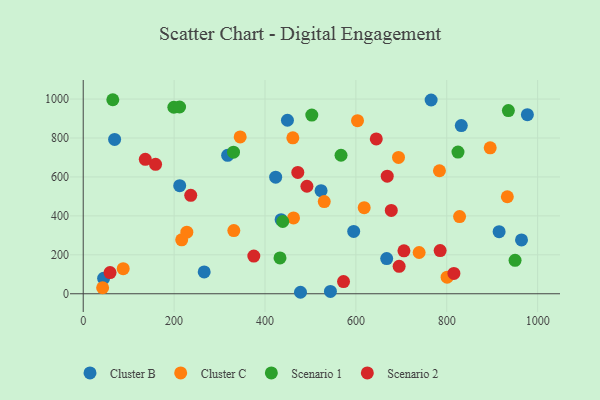
{"axis": {"x": "Study Hours", "y": "Salary"}, "legend": ["Cluster B", "Cluster C", "Scenario 1", "Scenario 2"], "data": [{"x": "266.2", "y": 112.2, "type": "Cluster B"}, {"x": "69.1", "y": 792.8, "type": "Cluster B"}, {"x": "595.2", "y": 320.4, "type": "Cluster B"}, {"x": "544.0", "y": 11.8, "type": "Cluster B"}, {"x": "765.6", "y": 995.3, "type": "Cluster B"}, {"x": "212.3", "y": 554.9, "type": "Cluster B"}, {"x": "915.2", "y": 319.1, "type": "Cluster B"}, {"x": "964.5", "y": 276.6, "type": "Cluster B"}, {"x": "423.5", "y": 598.8, "type": "Cluster B"}, {"x": "832.0", "y": 863.9, "type": "Cluster B"}, {"x": "449.4", "y": 891.3, "type": "Cluster B"}, {"x": "435.5", "y": 380.6, "type": "Cluster B"}, {"x": "977.4", "y": 919.9, "type": "Cluster B"}, {"x": "667.8", "y": 180.5, "type": "Cluster B"}, {"x": "44.9", "y": 79.5, "type": "Cluster B"}, {"x": "478.1", "y": 7.6, "type": "Cluster B"}, {"x": "523.4", "y": 529.3, "type": "Cluster B"}, {"x": "317.8", "y": 711.2, "type": "Cluster B"}, {"x": "895.6", "y": 749.4, "type": "Cluster C"}, {"x": "461.3", "y": 801.1, "type": "Cluster C"}, {"x": "345.4", "y": 805.6, "type": "Cluster C"}, {"x": "933.3", "y": 498.2, "type": "Cluster C"}, {"x": "216.7", "y": 277.0, "type": "Cluster C"}, {"x": "739.2", "y": 211.8, "type": "Cluster C"}, {"x": "331.4", "y": 324.4, "type": "Cluster C"}, {"x": "42.7", "y": 30.9, "type": "Cluster C"}, {"x": "693.8", "y": 700.3, "type": "Cluster C"}, {"x": "603.6", "y": 889.0, "type": "Cluster C"}, {"x": "228.0", "y": 316.3, "type": "Cluster C"}, {"x": "828.2", "y": 396.4, "type": "Cluster C"}, {"x": "800.8", "y": 85.1, "type": "Cluster C"}, {"x": "783.9", "y": 631.9, "type": "Cluster C"}, {"x": "462.8", "y": 389.7, "type": "Cluster C"}, {"x": "88.0", "y": 128.6, "type": "Cluster C"}, {"x": "530.4", "y": 473.3, "type": "Cluster C"}, {"x": "618.3", "y": 442.0, "type": "Cluster C"}, {"x": "824.7", "y": 727.6, "type": "Scenario 1"}, {"x": "950.3", "y": 171.7, "type": "Scenario 1"}, {"x": "330.7", "y": 727.1, "type": "Scenario 1"}, {"x": "433.0", "y": 183.8, "type": "Scenario 1"}, {"x": "439.1", "y": 371.0, "type": "Scenario 1"}, {"x": "567.3", "y": 711.3, "type": "Scenario 1"}, {"x": "935.6", "y": 940.9, "type": "Scenario 1"}, {"x": "199.4", "y": 958.0, "type": "Scenario 1"}, {"x": "503.0", "y": 917.6, "type": "Scenario 1"}, {"x": "65.1", "y": 996.6, "type": "Scenario 1"}, {"x": "212.0", "y": 959.2, "type": "Scenario 1"}, {"x": "815.7", "y": 104.3, "type": "Scenario 2"}, {"x": "677.9", "y": 427.9, "type": "Scenario 2"}, {"x": "492.3", "y": 552.3, "type": "Scenario 2"}, {"x": "572.8", "y": 62.7, "type": "Scenario 2"}, {"x": "375.4", "y": 193.5, "type": "Scenario 2"}, {"x": "136.6", "y": 690.5, "type": "Scenario 2"}, {"x": "236.6", "y": 505.7, "type": "Scenario 2"}, {"x": "59.0", "y": 108.7, "type": "Scenario 2"}, {"x": "159.2", "y": 664.7, "type": "Scenario 2"}, {"x": "669.0", "y": 603.7, "type": "Scenario 2"}, {"x": "472.2", "y": 623.3, "type": "Scenario 2"}, {"x": "785.4", "y": 221.7, "type": "Scenario 2"}, {"x": "695.2", "y": 141.0, "type": "Scenario 2"}, {"x": "705.8", "y": 220.6, "type": "Scenario 2"}, {"x": "644.9", "y": 795.1, "type": "Scenario 2"}]}